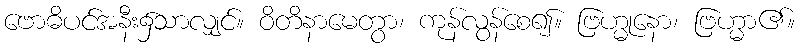
ဗောဓိပင်အနီး၌သာလျှင်။ ဝိတိနာမေတွာ၊ ကုန်လွန်စေ၍။ ဗြဟ္မုနော၊ ဗြဟ္မာ၏။